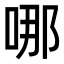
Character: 哪